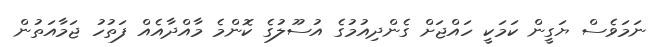
ނަމަވެސް ޔަގީން ކަމަކީ ހައްޖަށް ގެންދިއުމުގެ އުސޫލުގެ ކޮންމެ މާއްދާއެއް ފަތުހު ޖަމާއަތުން